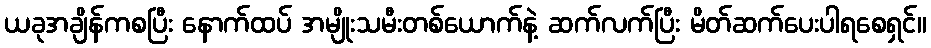
ယခုအချိန်ကစပြီး နောက်ထပ် အမျိုးသမီးတစ်ယောက်နဲ့ ဆက်လက်ပြီး မိတ်ဆက်ပေးပါရစေရှင်။